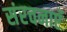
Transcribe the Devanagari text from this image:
संरचनाएॅ